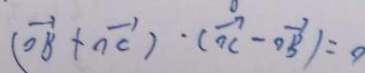
( \overrightarrow { O B } + \overrightarrow { n c } ) \cdot ( \overrightarrow { n c } - \overrightarrow { O B } ) = a